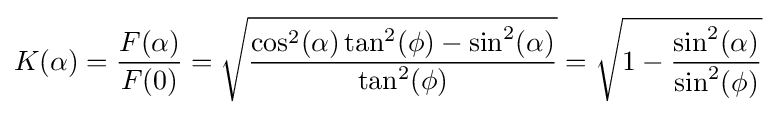
K(\alpha )={\frac {F(\alpha )}{F(0)}}={\sqrt {\frac {\cos ^{2}(\alpha )\tan ^{2}(\phi )-\sin ^{2}(\alpha )}{\tan ^{2}(\phi )}}}={\sqrt {1-{\frac {\sin ^{2}(\alpha )}{\sin ^{2}(\phi )}}}}